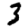
Digit: 3